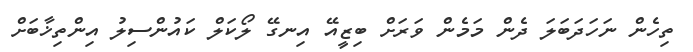
ތިހެން ނަހަދަބަލަ ދެން މަމެން ވަރަށް ބިޒީއޭ އިނގޭ ލޯކަލް ކައުންސިލު އިންތިޚާބަށް